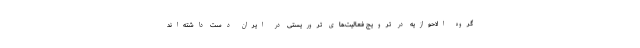
گروه الاحوازیه در ترویج فعالیت‌های تروریستی در ایران دست داشته‌اند